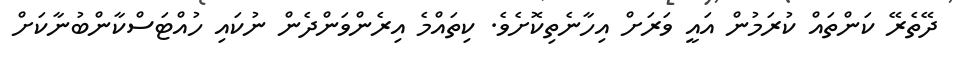
ދޭތެރޭ ކަންތައް ކުރަމުން އައީ ވަރަށް އިހާނެތިކޮށެވެ. ކިތައްމެ އިރެންވަންދެން ނުކައި ހުއްޓަސްކާންބުނާކަށް